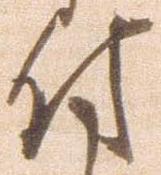
付